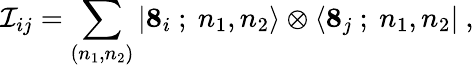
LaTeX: {\cal I}_{ij}=\sum_{(n_{1},n_{2})}|{\mathbf 8_{i}}\ ;\ n_{1},n_{2}\rangle\otimes\langle{\mathbf 8_{j}}\ ;\ n_{1},n_{2}|\ ,